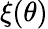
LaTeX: \xi(\theta)